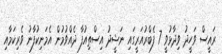
ރައީސް ވަހީދު ވިދާޅުވީ 7 ފެބްރުއަރީގައި ނަޝީދު އިސްތިއުފާ ދެއްވުމުން އެމަނިކުފާނު ވެރިކަމާއި